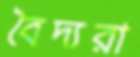
বৈদ্যরা